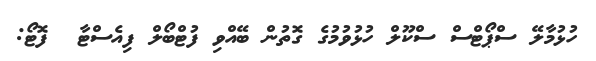
ހުޅުމާލޭ ސްޕޯޓްސް ސްކޫލް ހުޅުވުމުގެ ގޮތުން ބޭއްވި ފުޓްބޯލް ފިއެސްޓާ  ފޮޓޯ: